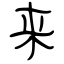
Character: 来